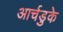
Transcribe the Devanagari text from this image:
आर्चडुके